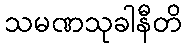
သမဏသုခါနီတိ